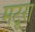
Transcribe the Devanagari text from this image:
मटूरा